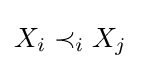
X_{i}\prec _{i}X_{j}